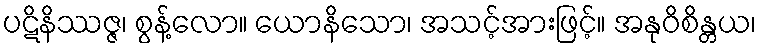
ပဋိနိဿဇ္ဇ၊ စွန့်လော။ ယောနိသော၊ အသင့်အားဖြင့်။ အနုဝိစိန္တယ၊